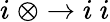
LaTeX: i\ \otimes\to i\ i